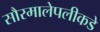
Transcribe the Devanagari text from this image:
सौरमालेपलीकडे